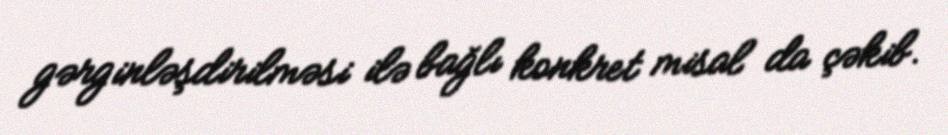
gərginləşdirilməsi ilə bağlı konkret misal da çəkib.